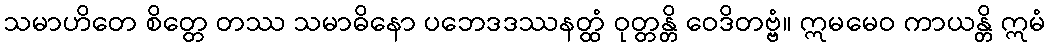
သမာဟိတေ စိတ္တေ တဿ သမာဓိနော ပဘေဒဒဿနတ္ထံ ဝုတ္တန္တိ ဝေဒိတဗ္ဗံ။ ဣမမေဝ ကာယန္တိ ဣမံ